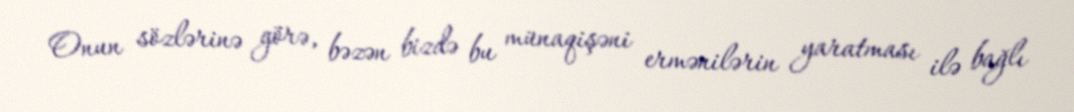
Onun sözlərinə görə, bəzən bizdə bu münaqişəni ermənilərin yaratması ilə bağlı